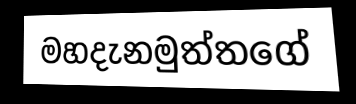
මහදැනමුත්තගේ